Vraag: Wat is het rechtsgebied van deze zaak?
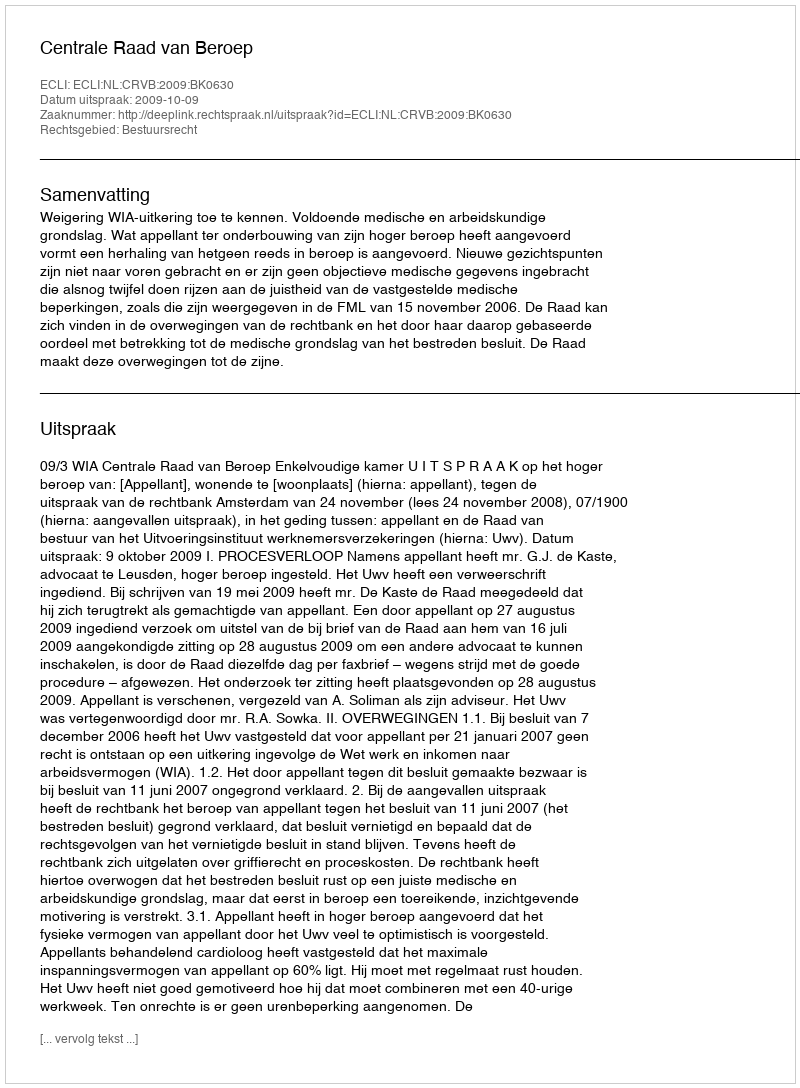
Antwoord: Bestuursrecht